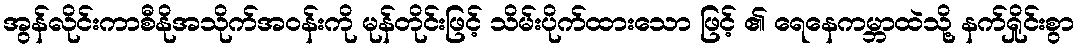
အွန်လိုင်းကာစီနိုအသိုက်အဝန်းကို မုန်တိုင်းဖြင့် သိမ်းပိုက်ထားသော ဖြင့် ၏ ရေနေကမ္ဘာထဲသို့ နက်ရှိုင်းစွာ